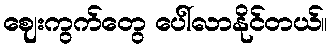
ဈေးကွက်တွေ ပေါ်လာနိုင်တယ်။